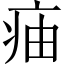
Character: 㾄